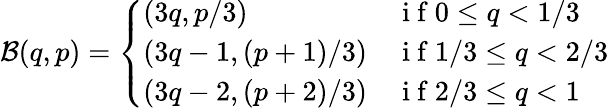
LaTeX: \mathcal B(q,p)=\left\{ \begin{array}{ll}{(3q,p/3)}&{\mathrm{~i~f~}0\leq q<1/3}\\ {(3q-1,(p+1)/3)}&{\mathrm{~i~f~}1/3\leq q<2/3}\\ {(3q-2,(p+2)/3)}&{\mathrm{~i~f~}2/3\leq q<1}\end{array}\right.